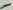
Text: -